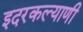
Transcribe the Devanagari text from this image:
इदरकल्याणी